Lunatic asylums Punjab 1881-1894 - 1881-1894
Year: 1881
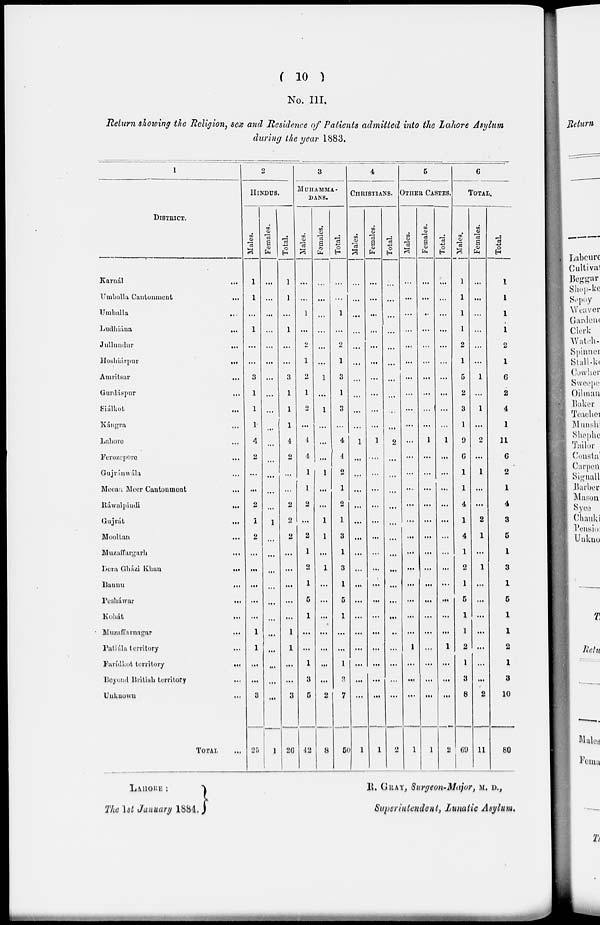
( 10 )
No. III.
Return showing the Religion, sex and Residence of Patients admitted into the Lahore Asylum
during the year 1883.
1
DlSTRICT.
Karnál...
Umballa Cantonment...
Umballa...
Ludhiána...
Jullundu...
Hoshiárpur...
Amritsar...
Gurdáspur...
Siálkot...
Kángra...
Lahore...
Ferozepore...
Gujránwála...
Meean Meer Cantonment...
Rawalpindi...
Gujrát...
Mooltan...
Muzaffargarh...
Dora Gházi
Khan...
Bannu...
Pesháwar...
Kohát...
Muzaffarnagar...
Patiála territory...
Farídkot
territory...
Beyond British territory...
Ukuown
...
TOTAL
2
HINDUS.
Males.
1
1
...
1
...
...
3
1
1
1
4
2
...
...
2
1
2
...
...
...
...
...
1
1
...
...
3
25
Females.
...
...
...
...
...
...
...
...
...
...
...
...
...
...
...
1
...
...
...
...
...
...
...
...
...
...
...
1
Total.
1
1
...
1
...
...
3
1
1
1
4
2
...
...
2
2
2
...
...
...
....
...
1
1
...
...
3
26
3
MUHAMMA-
DANS.
Males.
...
...
1
...
2
1
2
1
2
...
4
4
1
1
2
...
2
1
2
1
5
1
...
...
1
3
5
42
Families.
...
...
...
...
...
...
1
...
1
...
...
...
1
...
...
1
1
...
1
...
...
...
...
...
...
...
2
8
Total.
...
...
1
...
2
1
3
1
3
...
4
4
2
1
2
1
3
1
3
1
6
1
...
...
1
3
7
50
4
CHRISTIANS.
Males.
...
...
...
...
...
...
...
...
...
...
1
...
...
...
...
...
...
...
...
...
...
...
...
...
...
...
...
1
Females.
...
...
...
...
...
...
...
...
...
...
1
....
...
...
...
...
...
...
...
...
...
...
...
...
...
...
...
1
Total.
...
...
...
...
...
...
...
...
...
...
2
...
...
...
...
...
...
...
...
...
...
...
...
...
...
...
...
2
5
OTHER CASTES.
Males.
...
...
...
...
...
...
...
...
...
...
...
...
...
...
....
...
...
...
...
...
...
...
...
1
...
...
...
1
Females.
...
...
...
...
...
...
...
...
...
...
1
...
...
...
...
...
...
...
...
...
...
...
...
...
...
...
...
1
Total.
...
...
...
...
...
...
...
...
...
...
1
...
...
...
...
...
...
...
...
...
...
...
...
1
...
...
...
2
6
TOTAL.
Males.
1
1
1
1
2
1
5
2
3
1
9
6
1
1
4
1
4
1
2
1
5
1
1
2
1
3
8
69
Females.
...
...
...
...
...
...
1
...
1
...
2
...
1
...
...
2
1
...
1
...
...
...
...
...
...
...
2
11
Total.
1
1
1
1
2
1
6
2
4
1
11
6
2
1
4
3
5
1
3
1
5
1
1
2
1
3
10
80
LAHORE :
The 1st January 1884.
R. GRAY, Surgeon-Major, M. D.,
Superintendent, lunatic Asylum.